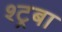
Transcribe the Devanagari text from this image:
श्ट्रबा